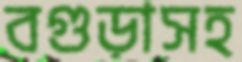
বগুড়াসহ